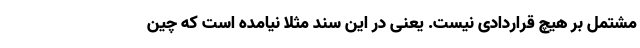
مشتمل بر هیچ قراردادی نیست. یعنی در این سند مثلاً نیامده است که چین